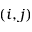
( i , j )